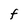
Character: F